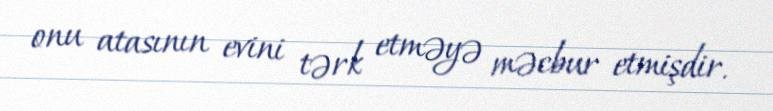
onu atasının evini tərk etməyə məcbur etmişdir.